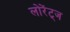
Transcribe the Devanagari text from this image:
लोरेंट्ज